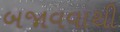
બજાવવાથી